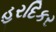
હરદિકર